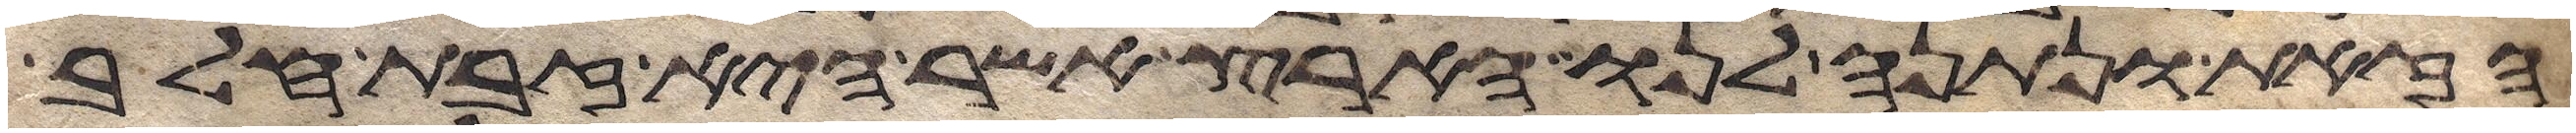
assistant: הזאת ונתנה לנו ארץ אשר היא זבת חלב